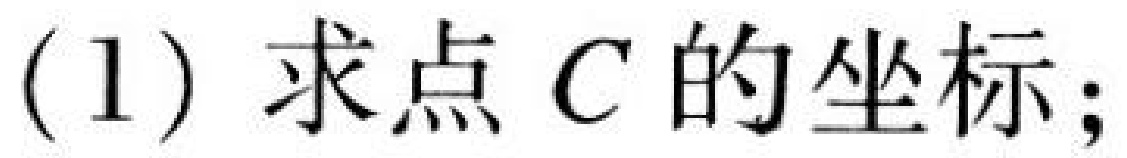
(1)求点$C$的坐标；